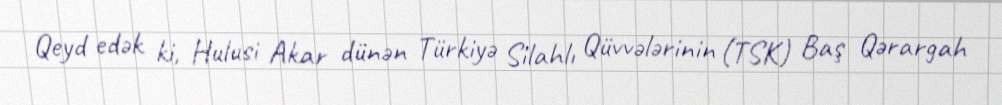
Qeyd edək ki, Hulusi Akar dünən Türkiyə Silahlı Qüvvələrinin (TSK) Baş Qərargah